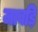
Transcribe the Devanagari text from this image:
जावड़ि